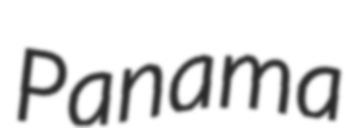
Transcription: Panama